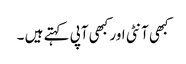
کبھی آنٹی اور کبھی آپی کہتے ہیں ۔